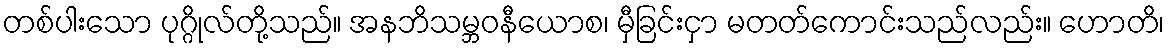
တစ်ပါးသော ပုဂ္ဂိုလ်တို့သည်။ အနဘိသမ္ဘဝနီယောစ၊ မှီခြင်းငှာ မတတ်ကောင်းသည်လည်း။ ဟောတိ၊